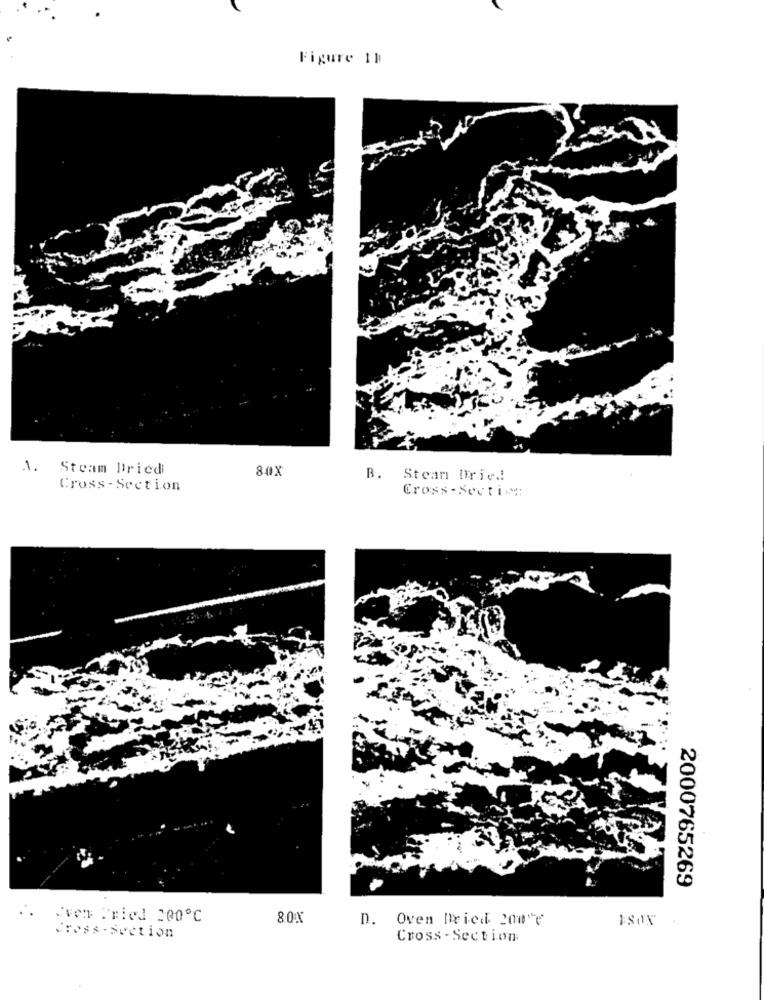
Figure 11
1.
Steam Itried
80X
B.
Stean Dried
Cross- Section
Cross-Section
2000765269
Ever Tried 200℃
8.0%
n. Oven Dried 2one
Cross- Section
Cross - Section